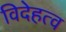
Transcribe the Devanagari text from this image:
विदेहत्व